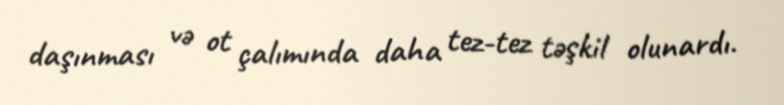
daşınması və ot çalımında daha tez-tez təşkil olunardı.